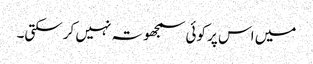
میں اس پر کوئی سمجھوتہ نہیں کرسکتی۔